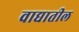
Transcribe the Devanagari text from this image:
वाद्यातील